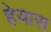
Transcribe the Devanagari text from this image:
हेयास